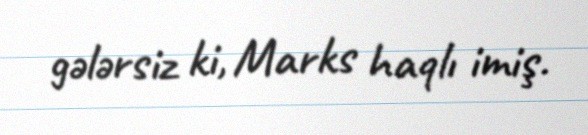
gələrsiz ki, Marks haqlı imiş.